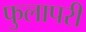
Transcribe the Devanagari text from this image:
फुलापरी